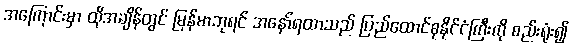
အကြောင်းမှာ ထိုအချိန်တွင် မြန်မာဘုရင် အနော်ရထာသည် ပြည်ထောင်စုနိုင်ငံကြီးကို စည်းရုံး၍